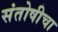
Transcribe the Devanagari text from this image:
संतोषीचा